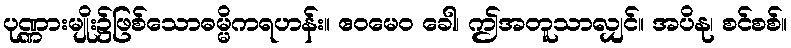
ပုဏ္ဏားမျိုး၌ဖြစ်သောဓမ္မိကရဟန်း။ ဧဝမေဝ ခေါ၊ ဤအတူသာလျှင်။ အပိနု၊ စင်စစ်။